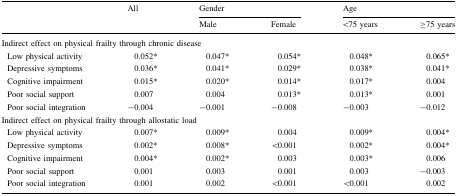
<table><thead><tr><td rowspan="2"></td><td rowspan="2"><b>All</b></td><td colspan="2"><b>Gender</b></td><td colspan="2"><b>Age</b></td></tr><tr><td><b>Male</b></td><td><b>Female</b></td><td><b>&lt;75 years</b></td><td><b>≥75 years</b></td></tr></thead><tbody><tr><td colspan="6">Indirect effect on physical frailty through chronic disease</td></tr><tr><td> Low physical activity</td><td>0.052*</td><td>0.047*</td><td>0.054*</td><td>0.048*</td><td>0.065*</td></tr><tr><td> Depressive symptoms</td><td>0.036*</td><td>0.041*</td><td>0.029*</td><td>0.038*</td><td>0.041*</td></tr><tr><td> Cognitive impairment</td><td>0.015*</td><td>0.020*</td><td>0.014*</td><td>0.017*</td><td>0.004</td></tr><tr><td> Poor social support</td><td>0.007</td><td>0.004</td><td>0.013*</td><td>0.013*</td><td>0.001</td></tr><tr><td> Poor social integration</td><td>−0.004</td><td>−0.001</td><td>−0.008</td><td>−0.003</td><td>−0.012</td></tr><tr><td colspan="6">Indirect effect on physical frailty through allostatic load</td></tr><tr><td> Low physical activity</td><td>0.007*</td><td>0.009*</td><td>0.004</td><td>0.009*</td><td>0.004*</td></tr><tr><td> Depressive symptoms</td><td>0.002*</td><td>0.008*</td><td>&lt;0.001</td><td>0.002*</td><td>0.004*</td></tr><tr><td> Cognitive impairment</td><td>0.004*</td><td>0.002*</td><td>0.003</td><td>0.003*</td><td>0.006</td></tr><tr><td> Poor social support</td><td>0.001</td><td>0.003</td><td>0.001</td><td>0.003</td><td>−0.003</td></tr><tr><td> Poor social integration</td><td>0.001</td><td>0.002</td><td>&lt;0.001</td><td>&lt;0.001</td><td>0.002</td></tr></tbody></table>